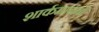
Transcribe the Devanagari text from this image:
शार्कमानवों